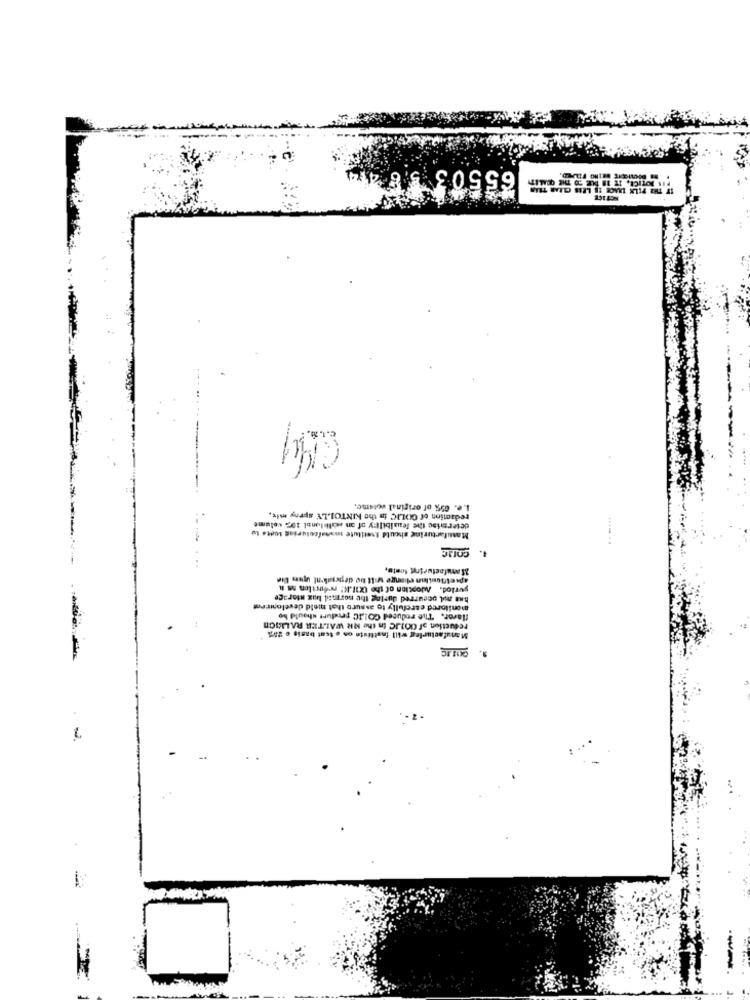
65503 58
PIN POTICH, IT 18 BLE 20 THE QUALITY
L.e. 05% of original volume.
redaction of COLIC in the KINTOILE spray mix,
Massfarturing should Iseiitute mnohafcoturing tonte tu
determise the leualbilly of an solitonal 106. volume
Manufacturing fonte,
has nul occurred Jurlag the normal bax storage
monitored carefully to assure that meld develowiren
flavor. The reduced GOLIC produrt should be
reduction of 001.JC in the NR WALTER RALLIOD
Manufacturing will Institute on . tcat basis o 25%
......